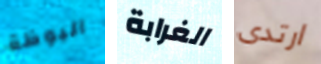
البوظة الغرابة ارتدى